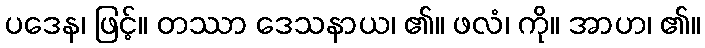
ပဒေန၊ ဖြင့်။ တဿာ ဒေသနာယ၊ ၏။ ဖလံ၊ ကို။ အာဟ၊ ၏။